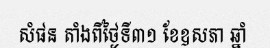
សំផន តាំងពីថ្ងៃទី៣១ ខែឧសភា ឆ្នាំ